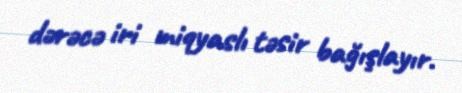
dərəcə iri miqyaslı təsir bağışlayır.